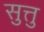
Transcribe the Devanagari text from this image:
सुत्तु